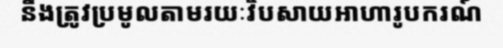
នឹងត្រូវប្រមូលតាមរយៈវិបសាយអាហារូបករណ៍